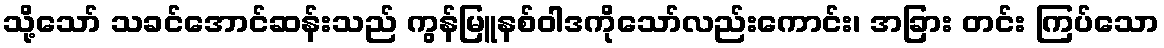
သို့သော် သခင်အောင်ဆန်းသည် ကွန်မြူနစ်ဝါဒကိုသော်လည်းကောင်း၊ အခြား တင်း ကြပ်သော